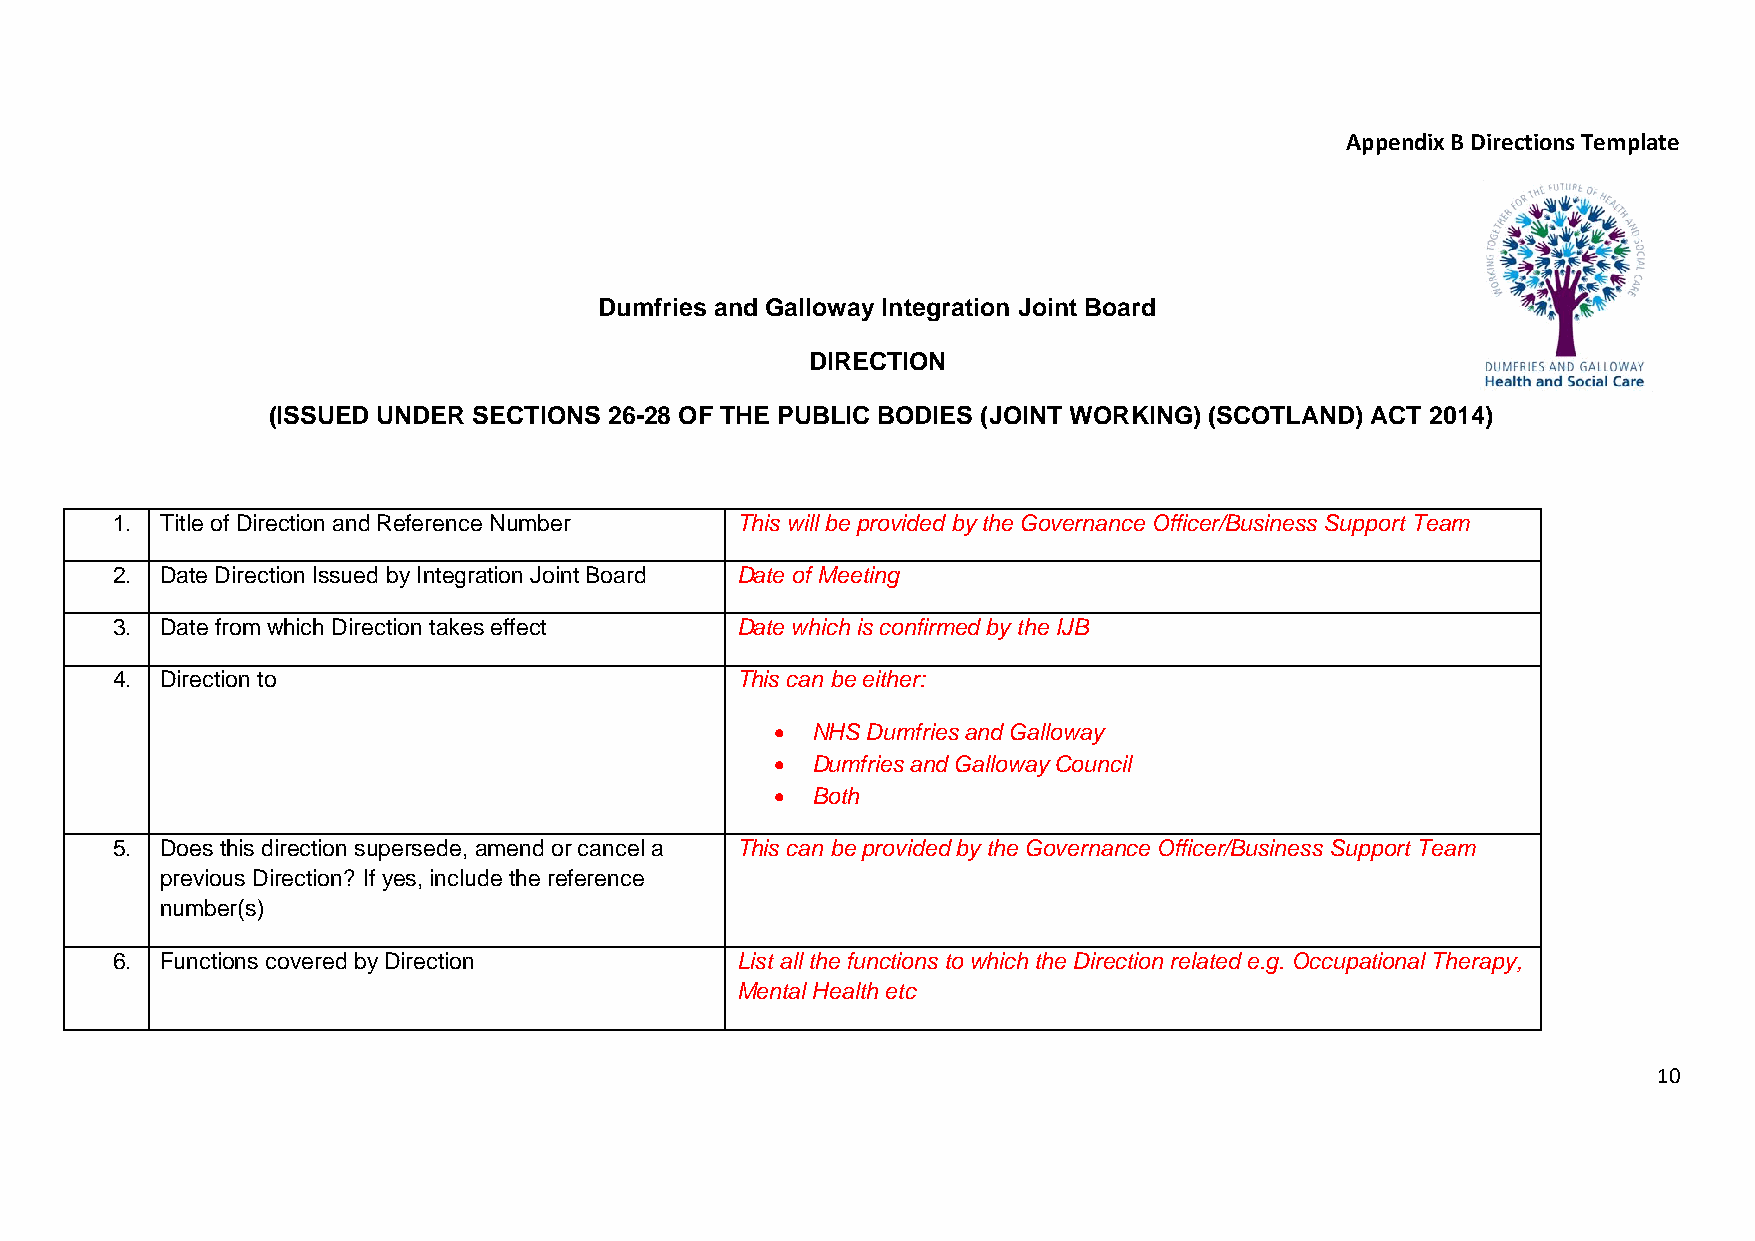
Appendix B Directions Template
 Dumfries and Galloway Integration Joint Board
 DIRECTION
 (ISSUED UNDER SECTIONS 26-28 OF THE PUBLIC BODIES (JOINT WORKING) (SCOTLAND) ACT 2014)
 1.  Title of Direction and Reference Number This will be provided by the Governance Officer/Business Support Team
 2.  Date Direction Issued by Integration Joint Board Date of Meeting
 3.  Date from which Direction takes effect Date which is confirmed by the IJB
 4.  Direction to                          This can be either:
   NHS Dumfries and Galloway
   Dumfries and Galloway Council
   Both
 5.  Does this direction supersede, amend or cancel a This can be provided by the Governance Officer/Business Support Team
 previous Direction? If yes, include the reference
 number(s)
 6.  Functions covered by Direction        List all the functions to which the Direction related e.g. Occupational Therapy,
 Mental Health etc
 10